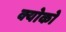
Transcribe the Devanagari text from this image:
क्योको